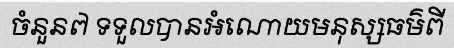
ចំនួន៧ ទទួលបានអំណោយមនុស្សធម៌ពី